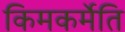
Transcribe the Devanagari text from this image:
किमकर्मेति